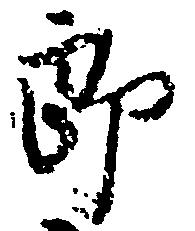
郎